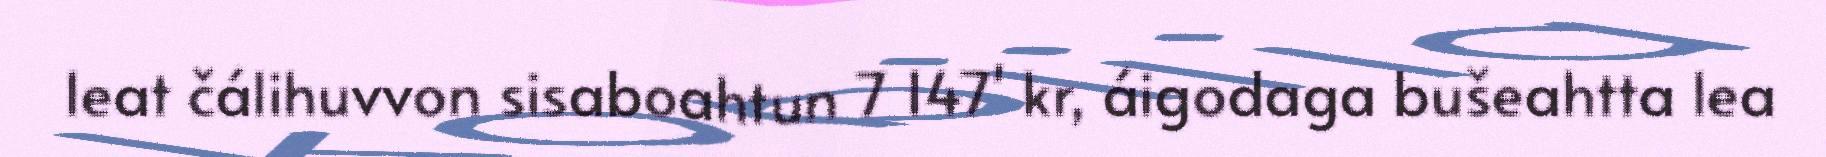
leat čálihuvvon sisaboahtun 7 147' kr, áigodaga bušeahtta lea